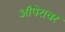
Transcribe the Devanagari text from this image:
ऑपेरावर